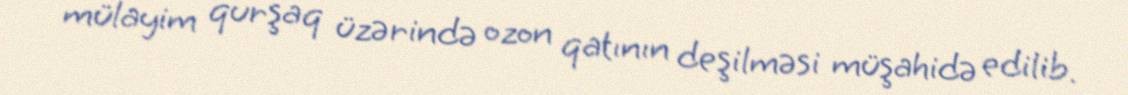
mülayim qurşaq üzərində ozon qatının deşilməsi müşahidə edilib.